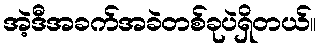
အဲ့ဒီအခက်အခဲတစ်ခုပဲရှိတယ်။